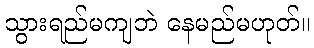
သွားရည်မကျဘဲ နေမည်မဟုတ်။